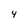
Character: Y